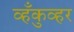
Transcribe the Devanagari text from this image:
व्हँकुव्हर